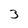
Character: 3